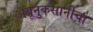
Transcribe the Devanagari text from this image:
अब्रूनुकसानीचा